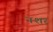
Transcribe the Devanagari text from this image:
नशर